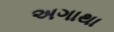
અગાથા